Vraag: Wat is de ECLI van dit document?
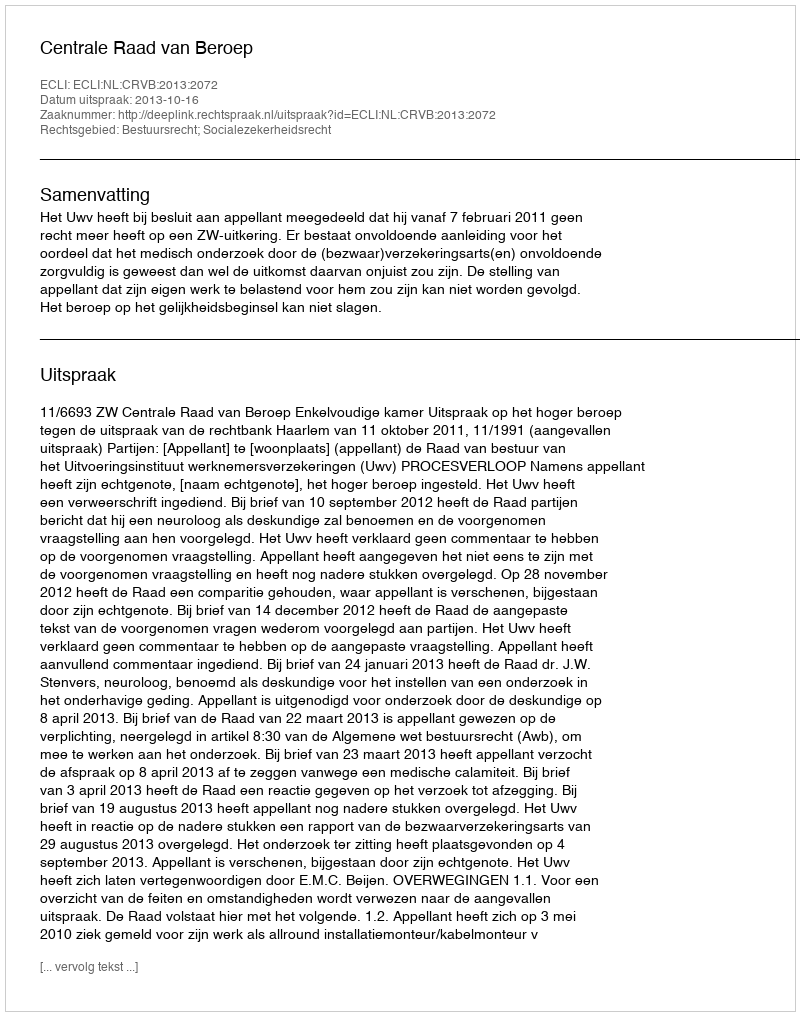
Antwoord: ECLI:NL:CRVB:2013:2072